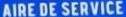
AIREDESERVICE